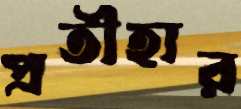
প্রতীহার